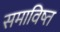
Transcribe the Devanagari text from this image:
समाविष्त